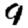
Digit: 9